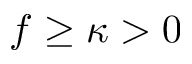
f \geq \kappa > 0